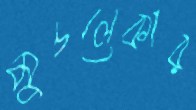
মুচলেকার